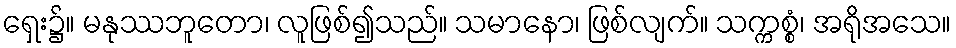
ရှေး၌။ မနုဿဘူတော၊ လူဖြစ်၍သည်။ သမာနော၊ ဖြစ်လျက်။ သက္ကစ္စံ၊ အရိုအသေ။